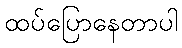
ထပ်ပြောနေတာပါ